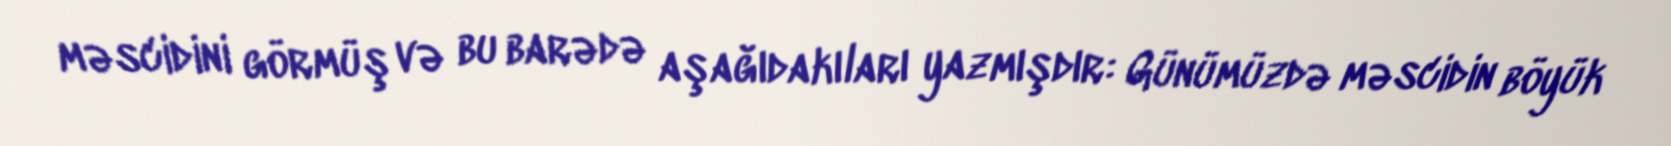
məscidini görmüş və bu barədə aşağıdakıları yazmışdır: Günümüzdə məscidin böyük